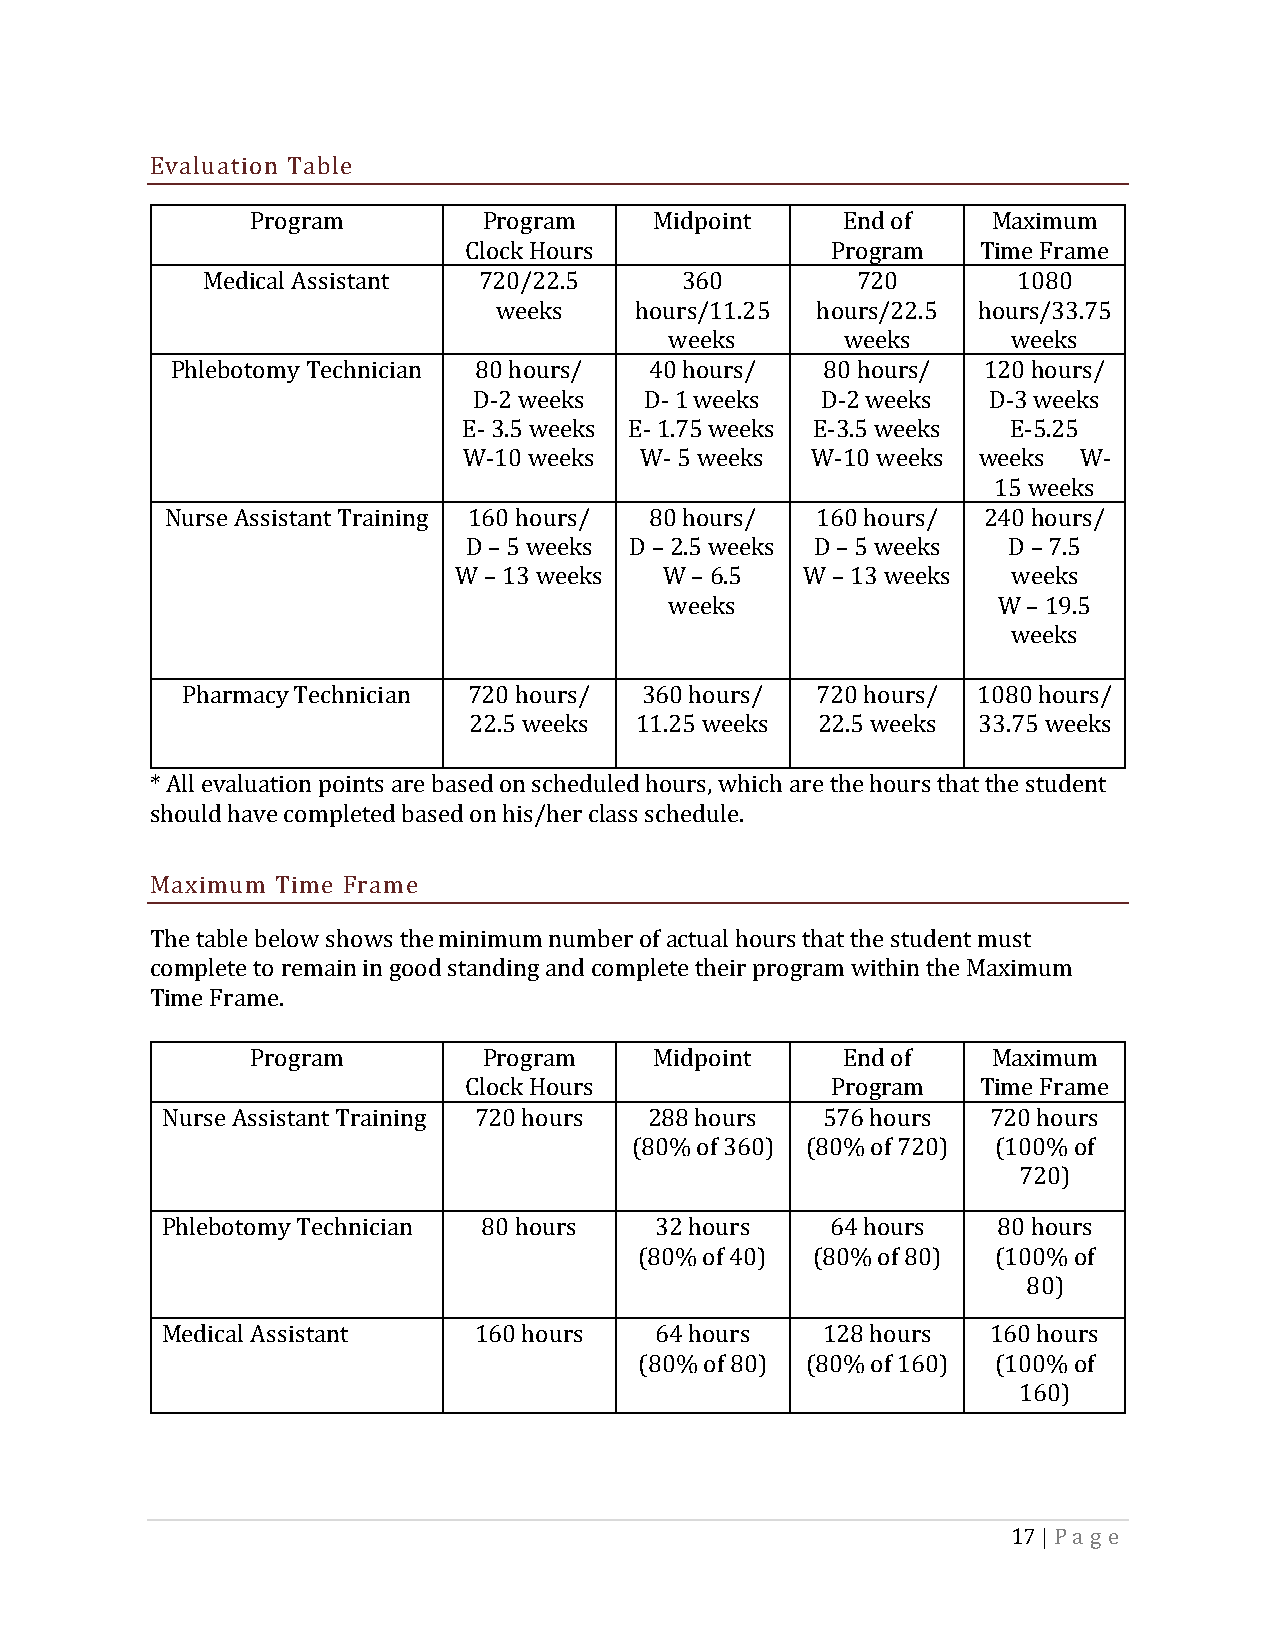
Evaluation Table
 Program        Program    Midpoint     End of    Maximum
 Clock Hours             Program   Time Frame
 Medical Assistant  720/22.5     360         720       1080
 weeks    hours/11.25 hours/22.5 hours/33.75
 weeks       weeks      weeks
 Phlebotomy Technician 80 hours/ 4 0 hours/  8 0 hours/ 1 2 0 hours/
 D-2 weeks   D - 1 weeks D -2 weeks D -3 weeks
 E- 3.5 weeks E - 1.75 weeks E-3.5 weeks E-5.25
 W-10 weeks W- 5 weeks  W-10 weeks weeks W-
 15 weeks
 Nurse Assistant Training 160 hours/ 80 hours/ 160 hours/ 240 hours/
 D – 5 weeks D – 2.5 weeks D – 5 weeks D – 7.5
 W – 13 weeks  W – 6.5  W – 13 weeks  weeks
 weeks                 W – 19.5
 weeks
 Pharmacy Technician 720 hours/ 360 hours/ 720 hours/ 1080 hours/
 22.5 weeks 11.25 weeks 22.5 weeks 33.75 weeks
 * All evaluation points are based on scheduled hours, which are the hours that the student
 should have completed based on his/her class schedule.
 Maximum Time Frame
 The table below shows the minimum number of actual hours that the student must
 complete to remain in good standing and complete their program within the Maximum
 Time Frame.
 Program        Program    Midpoint     End of    Maximum
 Clock Hours             Program   Time Frame
 Nurse Assistant Training 720 hours 288 hours 576 hours 720 hours
 (80% of 360) (80% of 720) (100% of
 720)
 Phlebotomy Technician 80 hours  32 hours    64 hours   80 hours
 (80% of 40) (80% of 80) (100% of
 80)
 Medical Assistant   160 hours   64 hours   128 hours   160 hours
 (80% of 80) (80% of 160) (100% of
 160)
 17 | Pa g e